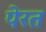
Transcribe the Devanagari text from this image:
पेरत